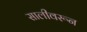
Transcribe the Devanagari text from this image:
सालीवरून